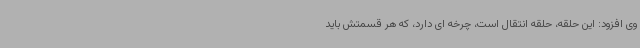
وی افزود: این حلقه، حلقه انتقال است، چرخه ای دارد، که هر قسمتش باید